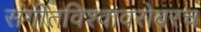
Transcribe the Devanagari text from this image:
संगीतविश्वावरोबरच